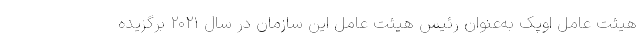
هیئت عامل اوپک به‌عنوان رئیس هیئت عامل این سازمان در سال ۲۰۲۱ برگزیده